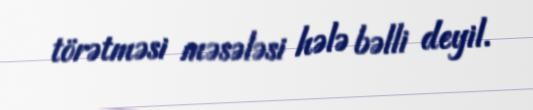
törətməsi məsələsi hələ bəlli deyil.